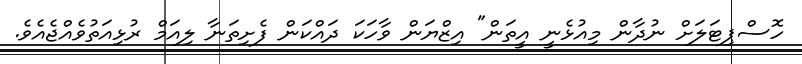
ހޮސްޕިޓަލަށް ނުދާން މިއުޅެނީ އީތަން" އިޒްޔަން ވާހަކަ ދައްކަން ފެށިތަނާ ލިއަމް ރުޅިއަތުވެއްޖެއެވެ.